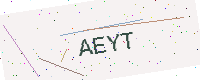
Text: AEYT